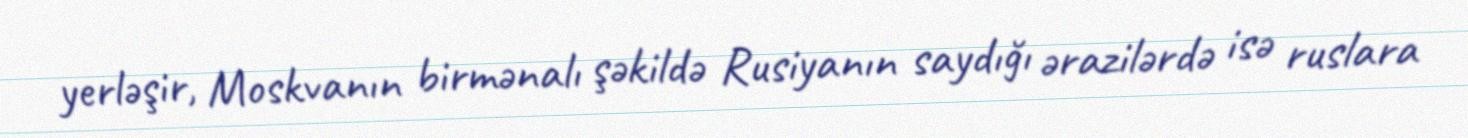
yerləşir, Moskvanın birmənalı şəkildə Rusiyanın saydığı ərazilərdə isə ruslara